Report of the King Institute of Preventive Medicine, Guindy
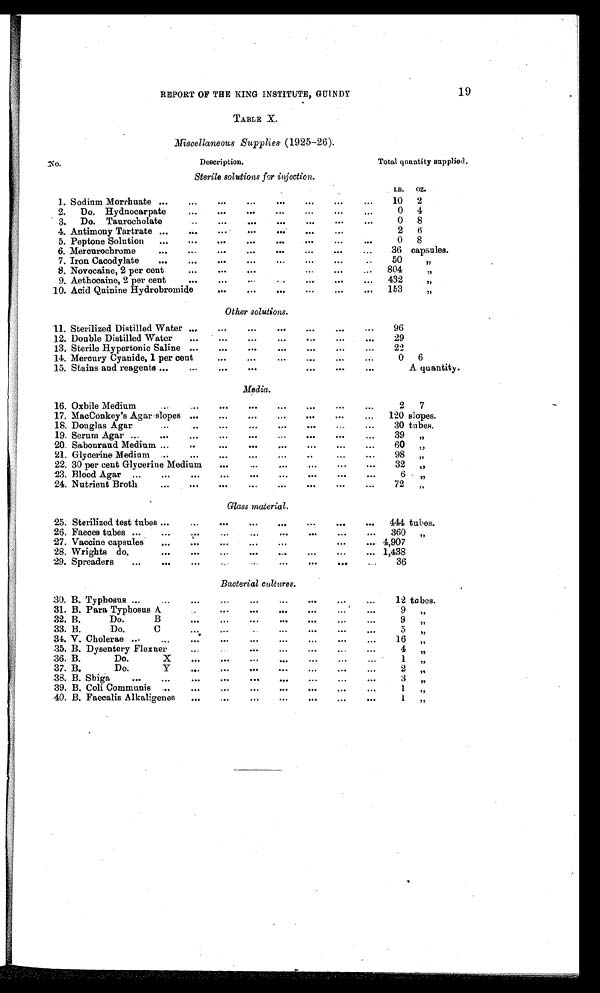
19
REPORT OF THE KING INSTITUTE, GUINDY
TABLE X.
Miscellaneous Supplies (1925-26).
N o .
Description.
Total quantity supplied.
Sterile solutions for injection.
LB.
OZ.
1. Sodium Morrhuate . . .
10 2
2.
Do. Hydnocarpate . . .
0 4
3. Do. Taurocholate . . .
0 8
4. Antimony Tartrate . . .
2
6
5. Peptone Solution . . .
0 8
6. Mercurochrome . . .
36 capsules.
7. Iron Cacodylate . . .
50
, ,
8. Novocaine, 2 per cent . . .
804
, ,
9. Aethocaine, 2 per cent . . .
432
, ,
10. Acid Quinine Hydrobromide . . .
153
, ,
Other solutions.
11. Sterilized Distilled Water . . .
96
12. Double Distilled Water . . .
29
13. Sterile Hypertonic Saline . . .
22
14. Mercury Cyanide, 1 per cent . . .
0
6
15. Stains and reagents . . .
A quantity.
Media.
16. Oxbile Medium . . .
2
7
17. MacConkey's Agar slopes . . .
120 slopes.
18. Douglas Agar . . .
30 tubes.
19. Serum Agar . . .
39
, ,
20. Sabouraud Medium . . .
60
, ,
21. Glycerine Medium . . .
98 , ,
22. 30 per cent Glycerine Medium . . .
32 , ,
23. Blood Agar . . .
6 , ,
24. Nutrient Broth . . .
72
, ,
Glass material.
25. Sterilized test tubes . . .
444 tubes.
26. Faeces tubes . . .
360 , ,
27. Vaccine capsules . . .
4,907
28. Wrights do.
. . .
1,438
29. Spreaders . . .
36
Bacterial cultures.
30. B. Typhosus . . .
12 tubes.
31. B. Para Typhosus A . . .
9
, ,
32. B.
Do.
B
. . .
9
, ,
33. B.
Do.
C
. . .
5
, ,
34. V. Cholerae . . .
16
, ,
35. B. Dysentery Flexner . . .
4 , ,
36. B.
Do.
X
. . .
1
, ,
37. B.
Do.
Y . . .
2
, ,
38. B. Shiga . . .
3
, ,
39. B. Coli Communis . . .
1
, ,
40. B. Faecalis Alkaligenes . . .
1
, ,